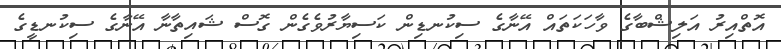
އޮތްއިރު އަލިޝްބާގެ ވާހަކަތައް އޭނާގެ ސިކުނޑިން ކަސިޔާރުވެގެން ގޮސް ޝައިތާނާ އޭނާގެ ސިކުނޑީގެ